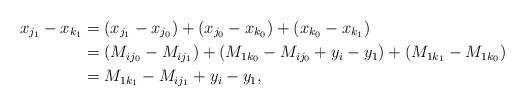
LaTeX: \begin{align*}x_{j_1}-x_{k_1}&=(x_{j_1}-x_{j_0})+(x_{j_0}-x_{k_0})+(x_{k_0}-x_{k_1})\\&= (M_{ij_0}-M_{ij_1})+(M_{1k_0}-M_{ij_0}+y_i-y_1)+(M_{1k_1}-M_{1k_0})\\&=M_{1k_1}-M_{ij_1}+y_i-y_1,\end{align*}